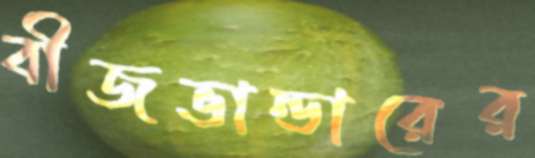
বীজভান্ডারের